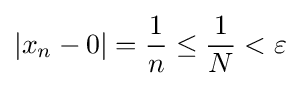
|x_{n}-0|={\frac {1}{n}}\leq {\frac {1}{N}}<\varepsilon